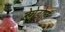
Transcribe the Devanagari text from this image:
टेग्रेटोल